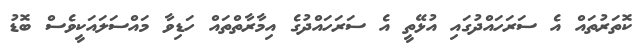
ކޮތަރުތައް އެ ސަރަހައްދުގައި އުޅޭތީ އެ ސަރަހައްދުގެ އިމާރާތްތައް ހަޑިވާ މައްސަލައަކީވެސް ބޮޑު